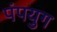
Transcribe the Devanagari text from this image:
पंपयुग